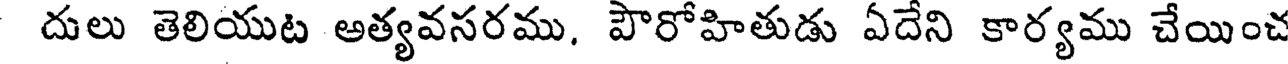
దులు తెలియుట అత్యవసరము, పౌరోహితుడు ఏదేని కార్యము చేయించ